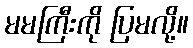
မမကြီးကို ပြမလို့။